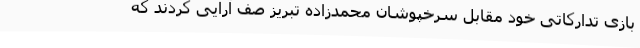
بازی تدارکاتی خود مقابل سرخپوشان محمدزاده تبریز صف آرایی کردند که